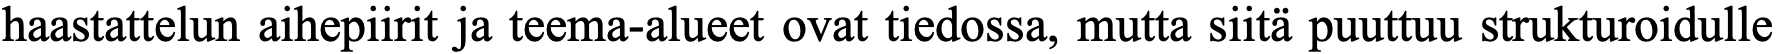
haastattelun aihepiirit ja teema-alueet ovat tiedossa, mutta siitä puuttuu strukturoidulle